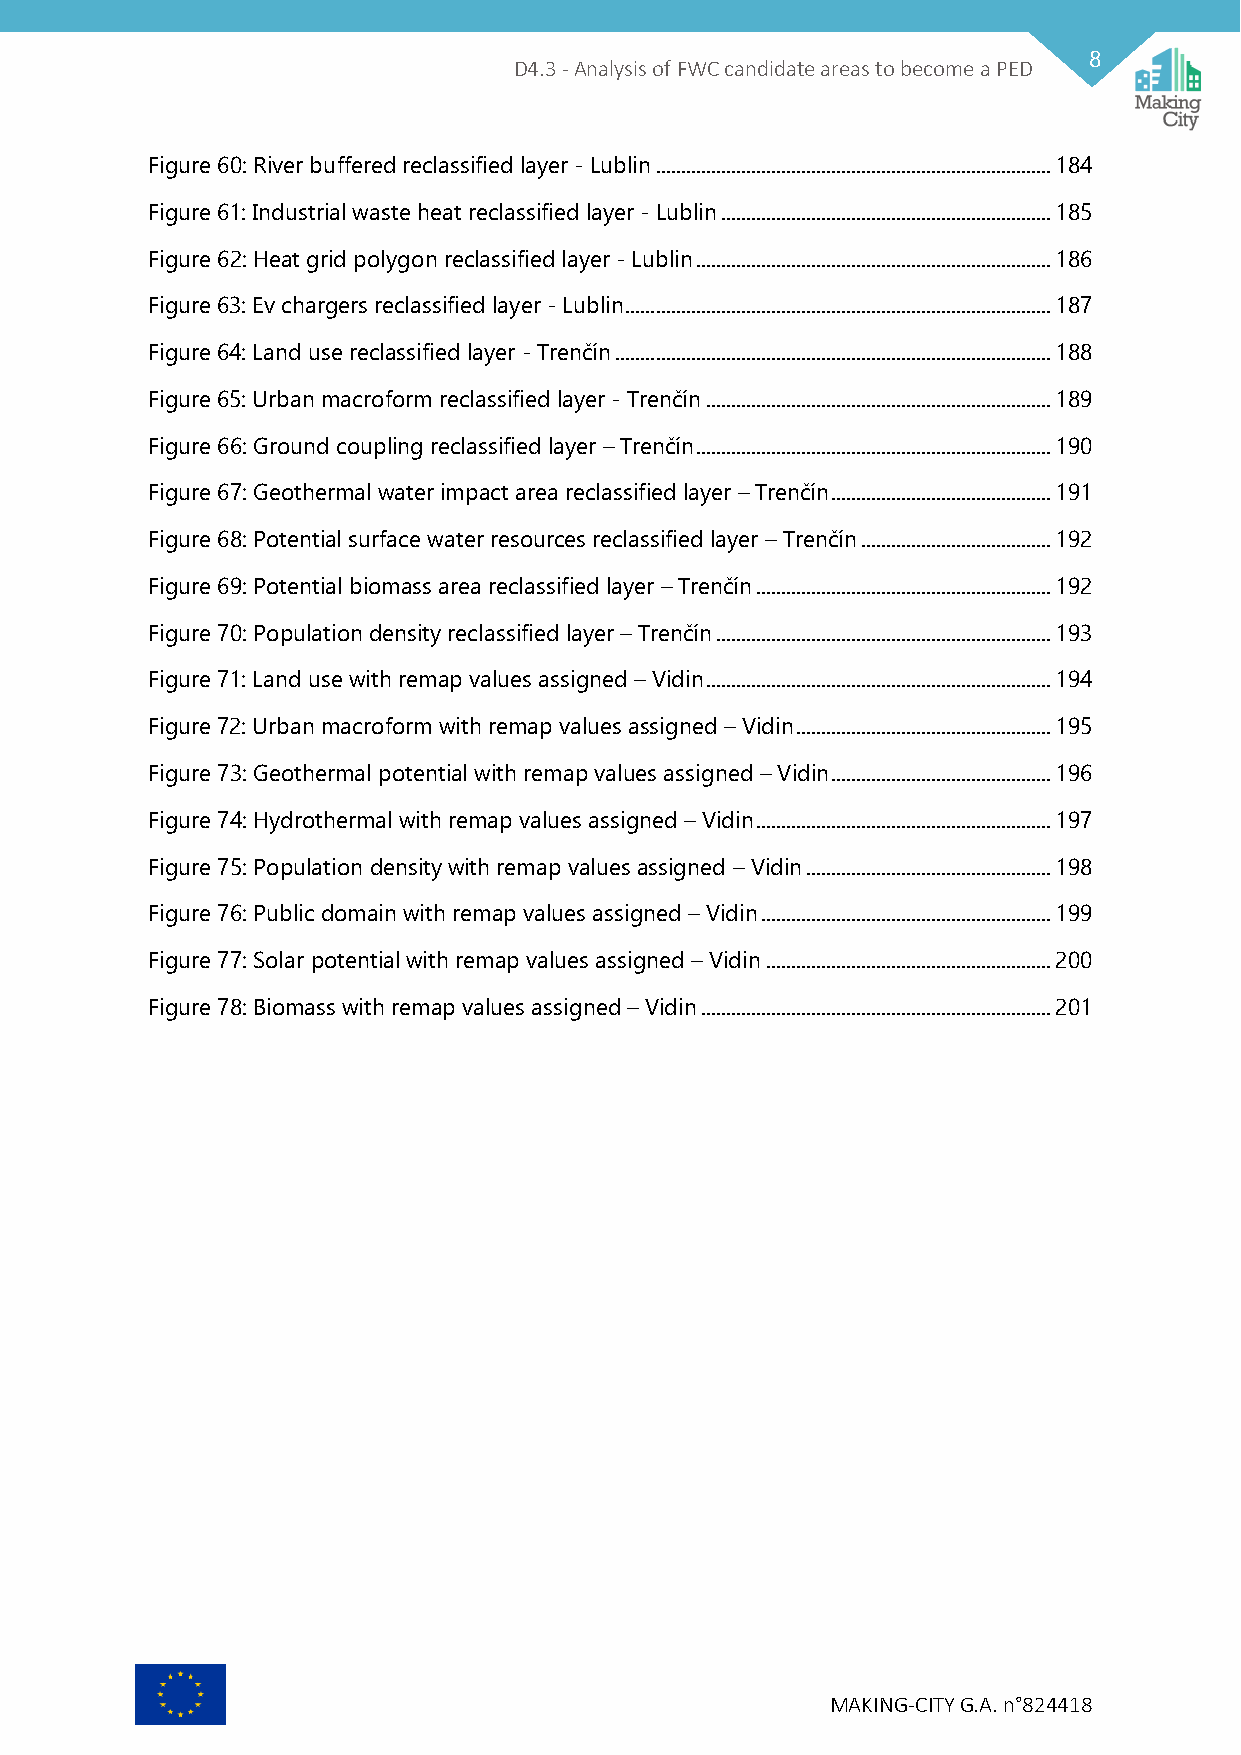
8
 D4.3 - Analysis of FWC candidate areas to become a PED
 Figure 60: River buffered reclassified layer - Lublin ............................................................................... 184
 Figure 61: Industrial waste heat reclassified layer - Lublin .................................................................. 185
 Figure 62: Heat grid polygon reclassified layer - Lublin ....................................................................... 186
 Figure 63: Ev chargers reclassified layer - Lublin ..................................................................................... 187
 Figure 64: Land use reclassified layer - Trenčín ....................................................................................... 188
 Figure 65: Urban macroform reclassified layer - Trenčín ..................................................................... 189
 Figure 66: Ground coupling reclassified layer – Trenčín ....................................................................... 190
 Figure 67: Geothermal water impact area reclassified layer – Trenčín ............................................ 191
 Figure 68: Potential surface water resources reclassified layer – Trenčín ...................................... 192
 Figure 69: Potential biomass area reclassified layer – Trenčín ........................................................... 192
 Figure 70: Population density reclassified layer – Trenčín ................................................................... 193
 Figure 71: Land use with remap values assigned – Vidin ..................................................................... 194
 Figure 72: Urban macroform with remap values assigned – Vidin ................................................... 195
 Figure 73: Geothermal potential with remap values assigned – Vidin ............................................ 196
 Figure 74: Hydrothermal with remap values assigned – Vidin ........................................................... 197
 Figure 75: Population density with remap values assigned – Vidin ................................................. 198
 Figure 76: Public domain with remap values assigned – Vidin .......................................................... 199
 Figure 77: Solar potential with remap values assigned – Vidin ......................................................... 200
 Figure 78: Biomass with remap values assigned – Vidin ...................................................................... 201
 MAKING-CITY G.A. n°824418